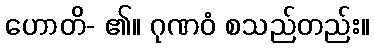
ဟောတိ- ၏။ ဂုဏဝံ စသည်တည်း။